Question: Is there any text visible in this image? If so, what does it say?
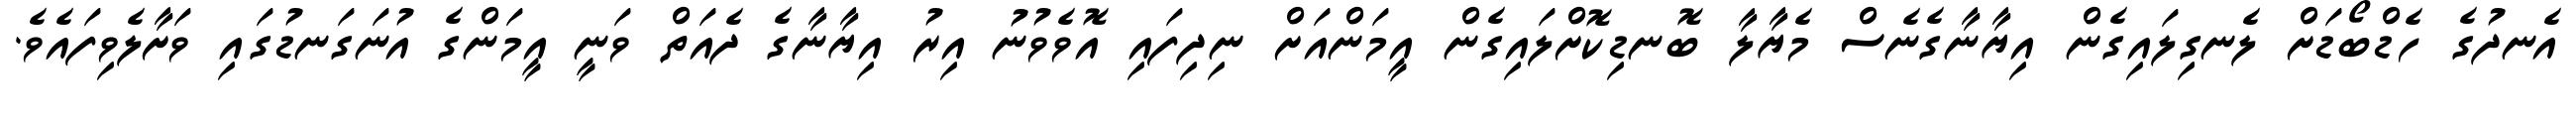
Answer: އެނދުގެ ހެޑްބޯޑަށް ލެނގިލައިގެން އިޔާނާގެނެސް މެޔާލާ ބޮނޑިކޮށްލައިގެން އީމަންއަށް ނިދިފައި އޮވެވުނު އިރު އިޔާނާގެ ދެއަތް ވަނީ އީމަންގެ އުނަގަނޑުގައި ވަށާލެވިފައެވެ.